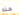
هذه